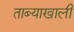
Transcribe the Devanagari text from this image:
ताब्याखाली